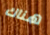
هناك